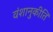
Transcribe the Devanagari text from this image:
वंशानुकीर्ति